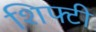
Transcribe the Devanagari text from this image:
शिफ्टी